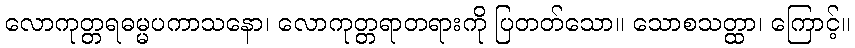
လောကုတ္တရဓမ္မပကာသနော၊ လောကုတ္တရာတရားကို ပြတတ်သော။ သောစသတ္ထာ၊ ကြောင့်။